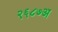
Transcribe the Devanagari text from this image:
२६८७अ